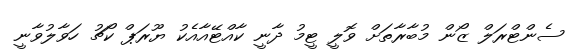
ސެންޓްރަލް ޒޯން މުބާރާތަށް ވޮލީ ޓީމު ދާނީ ކާއްޓޭއާއެކު ޔޫރަޕް ކޯޗު ހަވާލުވާނީ